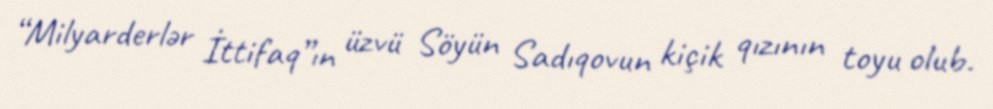
“Milyarderlər İttifaq”ın üzvü Söyün Sadıqovun kiçik qızının toyu olub.